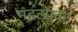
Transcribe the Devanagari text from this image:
मंडलावर